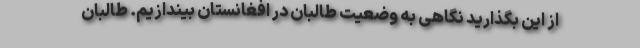
از این بگذارید نگاهی به وضعیت طالبان در افغانستان بیندازیم. طالبان